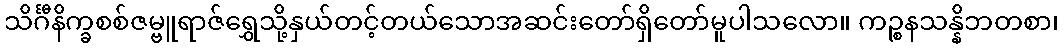
သိင်္ဂီနိက္ခစစ်ဇမ္ဗူရာဇ်ရွှေသို့နှယ်တင့်တယ်သောအဆင်းတော်ရှိတော်မူပါသလော။ ကဉ္စနသန္နိဘတစာ၊